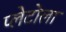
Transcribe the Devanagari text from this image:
प्लेटोला